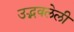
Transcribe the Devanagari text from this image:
उद्भवलेली